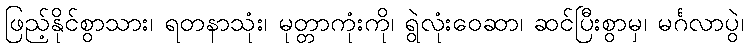
ဖြည့်နိုင်စွာသား၊ ရတနာသုံး၊ မုတ္တာကုံးကို၊ ရွဲလုံးဝေဆာ၊ ဆင်ပြီးစွာမှ၊ မင်္ဂလာပွဲ၊